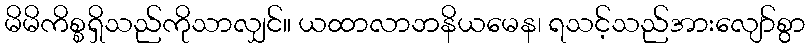
မိမိကိစ္စရှိသည်ကိုသာလျှင်။ ယထာလာဘနိယမေန၊ ရသင့်သည်အားလျော်စွာ